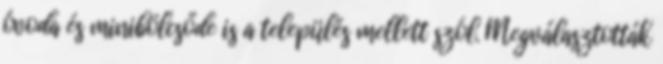
óvoda és minibölcsőde is a település mellett szól. Megválasztották